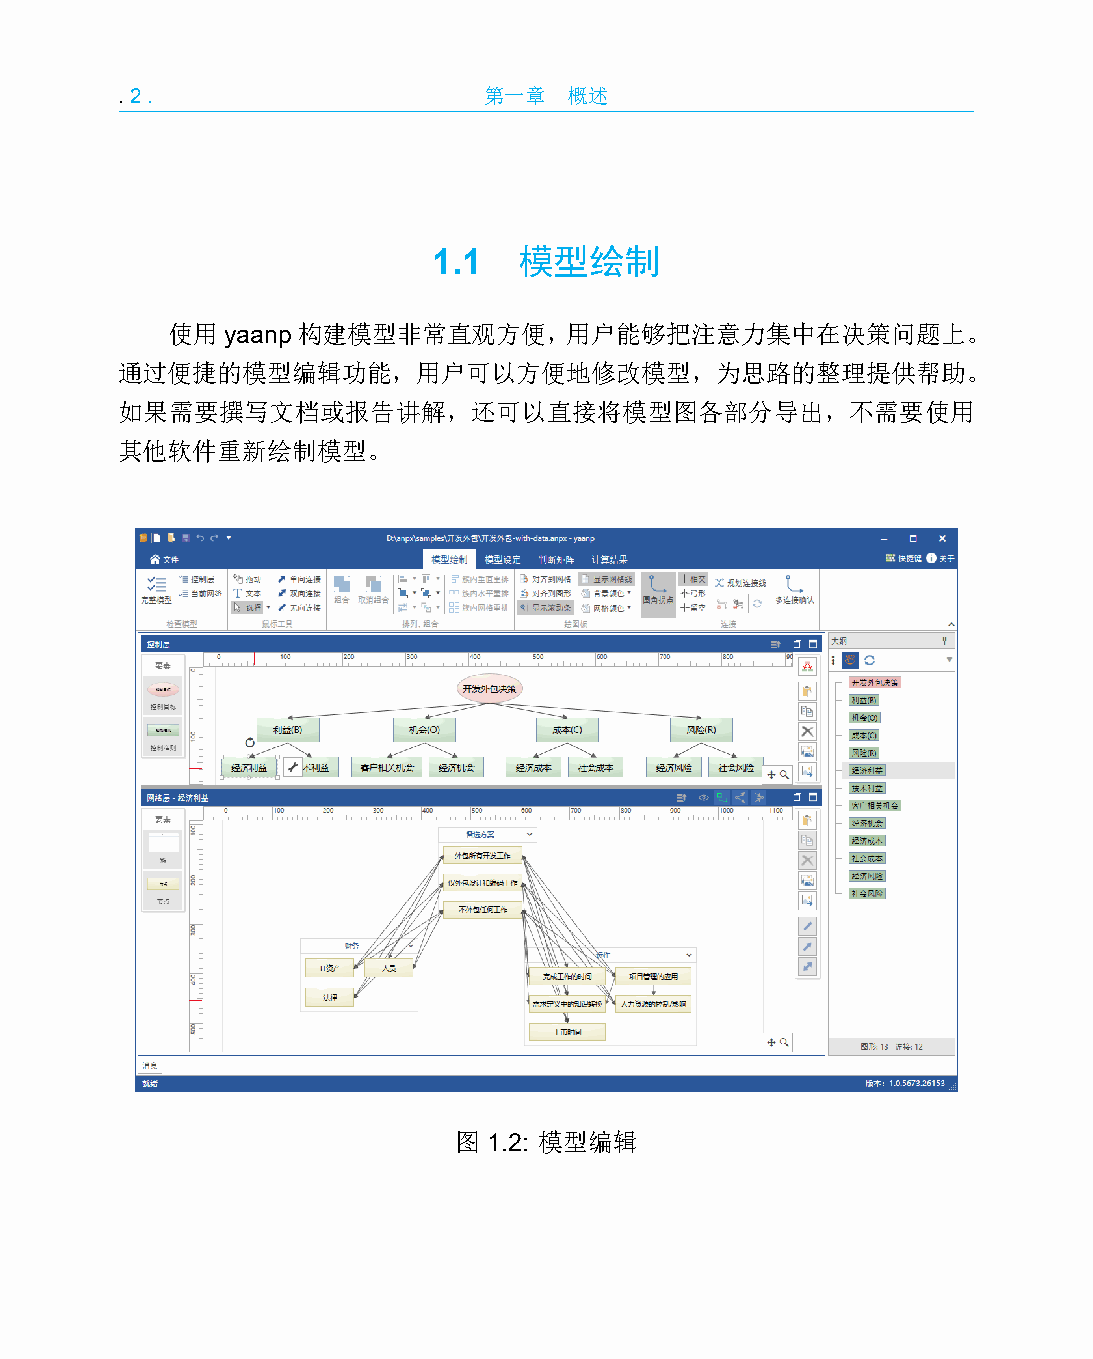
.2.                     第一章   概述
 1.1  模型绘制
 使用yaanp构建模型非常直观方便，用户能够把注意力集中在决策问题上。
 通过便捷的模型编辑功能，用户可以方便地修改模型，为思路的整理提供帮助。
 如果需要撰写文档或报告讲解，还可以直接将模型图各部分导出，不需要使用
 其他软件重新绘制模型。
 图 1.2: 模型编辑